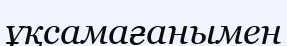
ұқсамағанымен